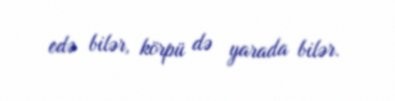
edə bilər, körpü də yarada bilər.